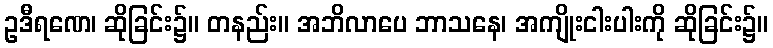
ဥဒီရဏေ၊ ဆိုခြင်း၌။ တနည်း။ အဘိလာပေ ဘာသနေ၊ အကျိုးငါးပါးကို ဆိုခြင်း၌။